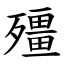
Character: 殭